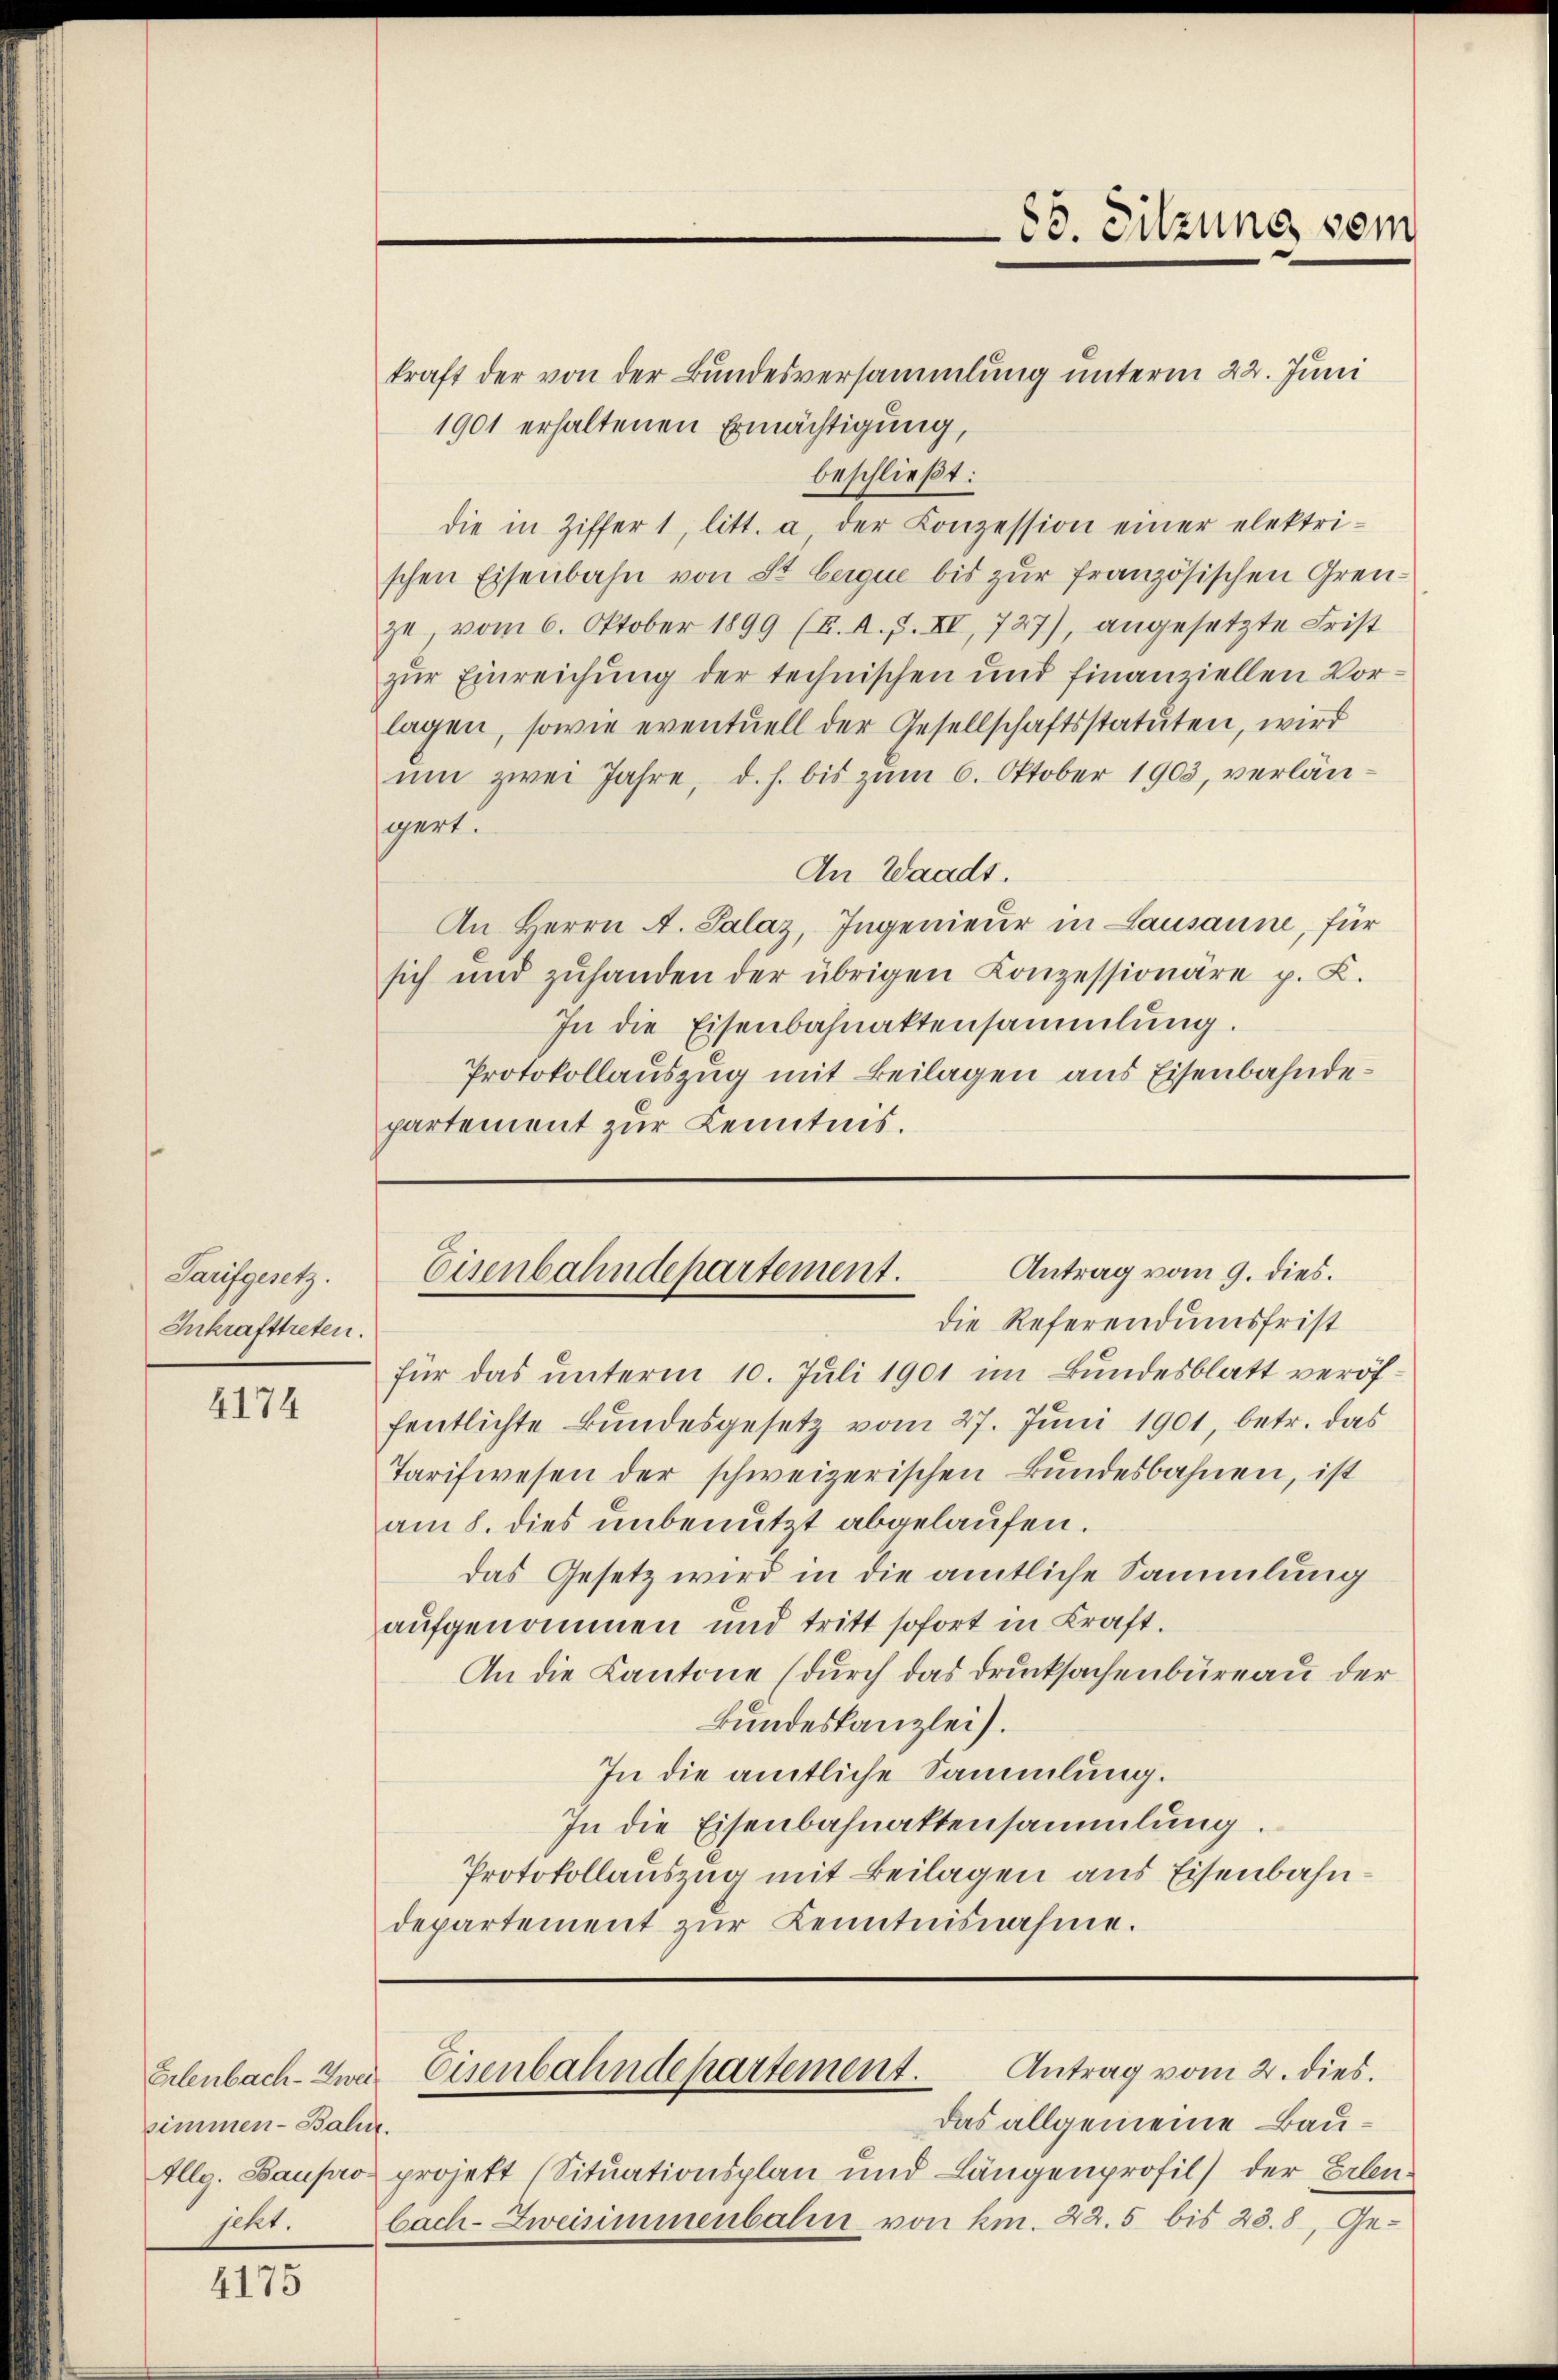
Tarifgesetz.
Inkrafttreten.

4174

Erlenbach- Zwei
simmen-Bahn.
Illg. Bauprosekt.

4175

85. Sitzung vom

kraft der von der Bundesversammlung unterm 22. Juni
1901 erhaltenen Ermächtigung,
beschließt:
die in Ziffer 1, litt. a der Conzession einer elektri-
schen Eisenbahn von St. berque bis zŭr französischen Grenzu, vom 6. Oktober 1899 (E. A. F. XI, 727), angesetzte Frist
zur Einreichung der technischen und finanziellen Vorlagen, sowie eventuell der Gesellschaftsstatuten, wird
um zwei Jahre, d. h. bis zum 6. Oktober 1903, verlängert.
An Waadt.
An Herrn A. Salaz, Ingenieur in Lausanne, für
sich und zŭhanden der übrigen Konzessionäre p. C.
In die Eisenbahnaktensammlung.
Protokollauszug mit Beilagen aus Eisenbahndepartement zur Kenntnis.

Antrag vom 9. dies.
Eisenbahndepartement.

die Referendumsfrist
für das unterm 10. Juli 1901 im Bundesblatt veröffentlichte Bundesgesetz vom 27. Juni 1901, betr. das
Tarifwesen der schweizerischen Bundesbahnen, ist
am 8. dies unbenutzt abgelaufen.
das Gesetz wird in die amtliche Sammlung
aufgenommen und tritt sofort in Kraft.
An die Kantone (durch das Drucksachenbüreau der
Bundeskanzlei.
In die amtliche Sammlung.
In die Eisenbahnaktensammlung.
Protokollauszug mit Beilagen aus Eisenbahndepartement zur Kenntnisnahme.

das allgemeine Bauprojekt (Situationsplan und Längenprofil) der Erlenbach-Zweisimmenbahn von km. 22. 5 bis 28. 8, Ge¬

Antrag vom 2. dies.
Eisenbahndepartement.